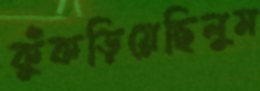
কুঁকড়িয়েছিলুম